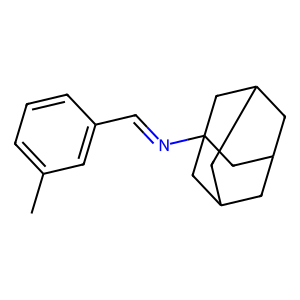
SMILES: Cc1cccc(C=NC23CC4CC(CC(C4)C2)C3)c1
Inhibits HIV replication: No